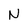
Character: N